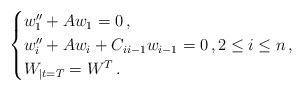
\begin{align*}\begin{cases}w_1^{\prime\prime} + Aw_1=0 \,, \\w_i^{\prime\prime} + A w_i + C_{i i-1} w_{i-1}=0 \,, 2 \le i \le n\,, \\W_{|t=T}=W^T \,.\end{cases}\end{align*}